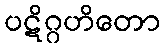
ပဋိဂ္ဂဟိတော